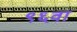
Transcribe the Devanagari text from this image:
९६वां